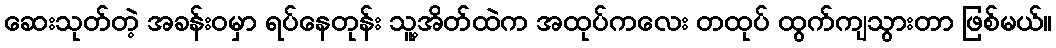
ဆေးသုတ်တဲ့ အခန်းဝမှာ ရပ်နေတုန်း သူ့အိတ်ထဲက အထုပ်ကလေး တထုပ် ထွက်ကျသွားတာ ဖြစ်မယ်။